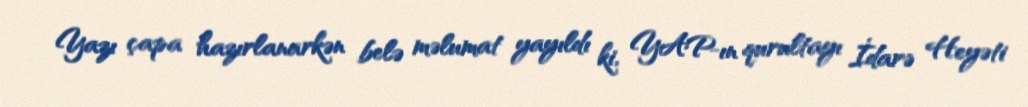
Yazı çapa hazırlanarkən belə məlumat yayıldı ki, YAP-ın qurultayı İdarə Heyəti